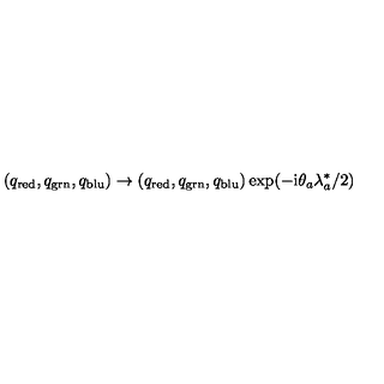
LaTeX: \left( q _ { \mathrm { r e d } } , q _ { \mathrm { g r n } } , q _ { \mathrm { b l u } } \right) \rightarrow \left( q _ { \mathrm { r e d } } , q _ { \mathrm { g r n } } , q _ { \mathrm { b l u } } \right) \exp ( - \mathrm { i } \theta _ { a } \lambda _ { a } ^ { \ast } / 2 )